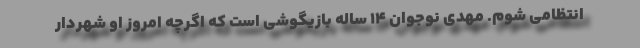
انتظامی شوم. مهدی نوجوان ۱۴ ساله بازیگوشی است که اگرچه امروز او شهردار